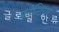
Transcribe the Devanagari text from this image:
फ्रोन्टियर